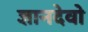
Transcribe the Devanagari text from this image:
ज्ञानदेवो